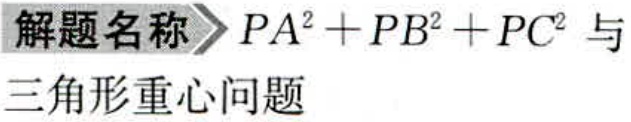
解题名称\rightarrow \(PA^{2}+PB^{2}+PC^{2}\) 与三角形重心问题